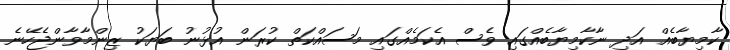
ކާމިޔާބެއް އަދި ނާކާމިޔާބެއްގައި ވެސް އެކަމެއްގައި މަސައްކަތް ކުރަން އުޅުނު ބަޔަކު ޒިންމާވާންޖެހޭނެ